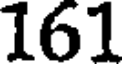
161